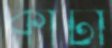
কার্টা